Lunatic asylums Madras 1877-1891 - 1877-1891
Year: 1877
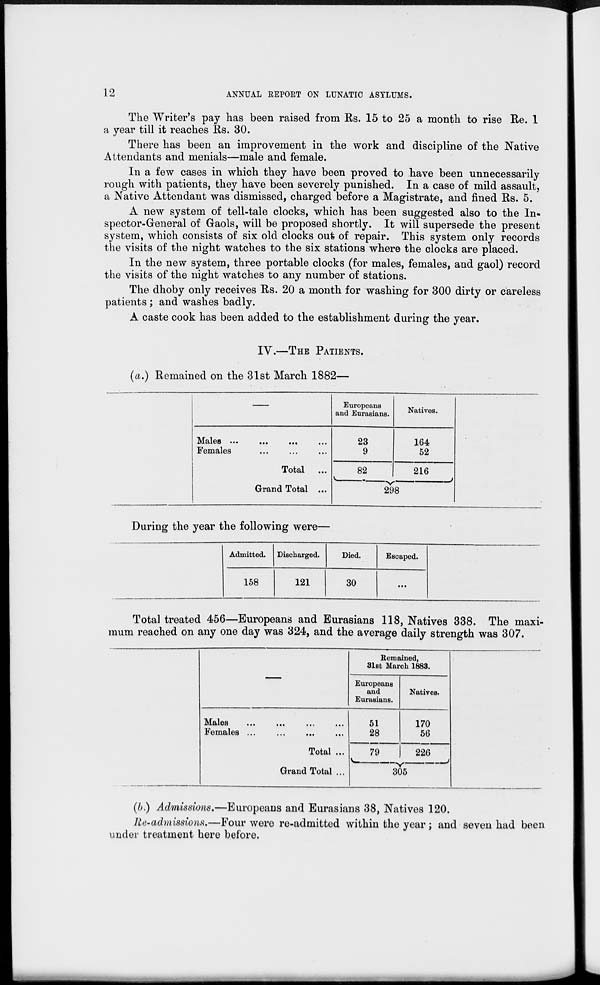
12
ANNUAL REPORT ON LUNATIC ASYLUMS.
The Writer's pay has been raised from Rs. 15 to 25 a month to rise Re. 1
a year till it reaches Rs. 30.
There has been an improvement in the work and discipline of the Native
Attendants and menials—male and female.
In a few cases in which they have been proved to have been unnecessarily
rough with patients, they have been severely punished. In a case of mild assault,
a Native Attendant was dismissed, charged before a Magistrate, and fined Rs. 5.
A new system of tell-tale clocks, which has been suggested also to the In-
spector-General of Gaols, will be proposed shortly. It will supersede the present
system, which consists of six old clocks out of repair. This system only records
the visits of the night watches to the six stations where the clocks are placed.
In the new system, three portable clocks (for males, females, and gaol) record
the visits of the night watches to any number of stations.
The dhoby only receives Rs. 20 a month for washing for 300 dirty or careless
patients ; and washes badly.
A caste cook has been added to the establishment during the year.
IV.—THE PATIENTS.
(a.) Remained on the 31st March 1882—
—
Males ... ... ... ...
Females ... ... ...
Total ...
Grand Total ...
Europeans
and Eurasians.
23
9
82
Natives.
164
52
216
298
During the year the following were—
Admitted.
158
Discharged.
121
Died.
30
Escaped.
...
Total treated 456—Europeans and Eurasians 118, Natives 338. The maxi-
mum reached on any one day was 324, and the average daily strength was 307.
—
Males ... ... ... ...
Females
...
...
...
....
Total ...
Grand Total ...
Remained,
31st March 1883.
Europeans
and
Eurasians.
51
28
79
Natives.
170
56
226
305
(b.) Admissions.—Europeans and Eurasians 38, Natives 120.
Re-admissions.—Four were re-admitted within the year; and seven had been
under treatment here before.